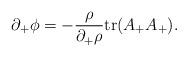
LaTeX: \begin{align*}\partial_+ \phi = - {\rho\over \partial_+ \rho} {\rm tr} (A_+ A_+).\end{align*}